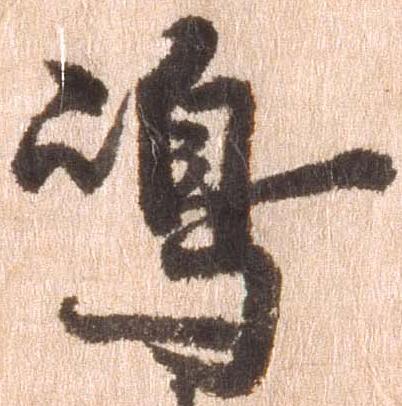
島